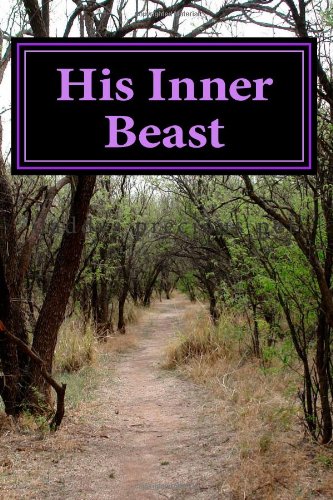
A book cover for His Inner Beast; Daddys Precious pet; Romance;